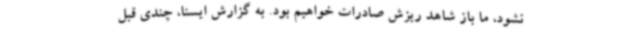
نشود، ما باز شاهد ریزش صادرات خواهیم بود. به گزارش ایسنا، چندی قبل